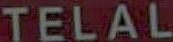
TELAL